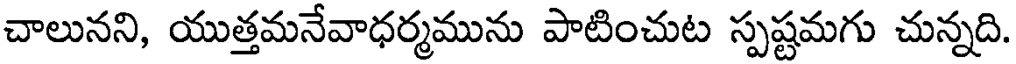
చాలునని, యుత్తమనేవాధర్మమును పాటించుట స్పష్టమగు చున్నది.